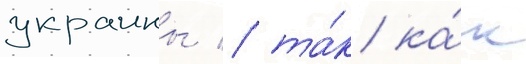
украины / та́к ка́к